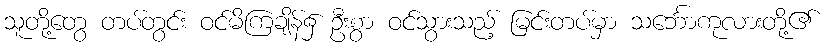
သူတို့တွေ တပ်တွင်း ဝင်မိကြချိန်၌ ဦးစွာ ဝင်သွားသည့် မြင်းတပ်မှာ သင်္ဘောကုလားတို့၏